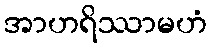
အာဟရိဿာမဟံ